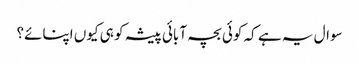
سوال یہ ہے کہ کوئی بچہ آبائی پیشہ کو ہی کیوں اپنائے؟